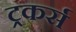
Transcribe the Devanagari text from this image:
ट्रकर्स